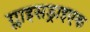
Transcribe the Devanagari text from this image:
ग्लाइसड्राइएक